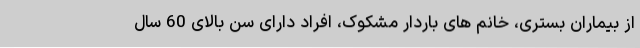
از بیماران بستری، خانم های باردار مشکوک، افراد دارای سن بالای 60 سال